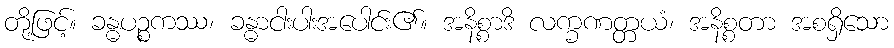
တို့ဖြင့်။ ခန္ဓပဉ္စကဿ၊ ခန္ဓာငါးပါးအပေါင်း၏။ အနိစ္စာဒိ လက္ခဏတ္တယံ၊ အနိစ္စတာ အစရှိသော